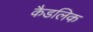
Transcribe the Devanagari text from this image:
कैडलिक